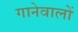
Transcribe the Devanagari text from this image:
गानेवालों